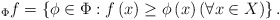
\begin{align*}_{\Phi}f=\left\{ \phi\in\Phi:f\left(x\right)\geq\phi\left(x\right) \left(\forall x\in X\right)\right\} .\end{align*}